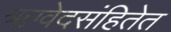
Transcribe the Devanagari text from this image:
ऋग्वेदसंहितेत